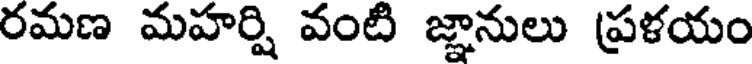
రమణ మహర్షి వంటి జ్ఞానులు ప్రళయం